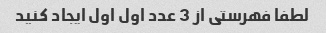
لطفا فهرستی از 3 عدد اول اول ایجاد کنید